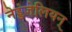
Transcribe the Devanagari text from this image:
नेड्डंजेलियन्